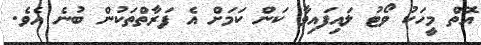
އޮތް މީހަކު ވޯޓު ލައިފައިވާ ކަން ކަމަށް އެ ފަރާތްތަކުން ބުނެ އެވެ.